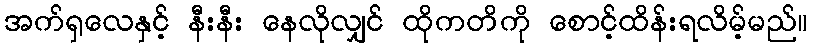
အက်ရှလေနှင့် နီးနီး နေလိုလျှင် ထိုကတိကို စောင့်ထိန်းရလိမ့်မည်။